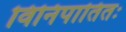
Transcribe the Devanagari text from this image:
विनिपातितः